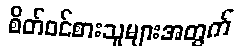
စိတ်ဝင်စားသူများအတွက်